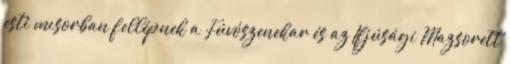
esti mısorban fellépnek a Fúvószenekar és az Ifjúsági Mazsorett